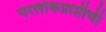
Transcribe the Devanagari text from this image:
परलोकप्राप्तीची